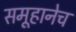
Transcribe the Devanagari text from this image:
समूहानेच